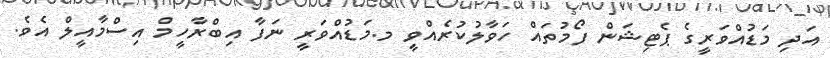
އަދި މަޑުއްވަރީގެ ޕެޓިޝަން ފޯމުތައް ހަވާލުކުރެއްވީ މ.މަޑުއްވަރީ ނަފާ އިބްރާހީމް އިސްމާއީލް އެވެ.